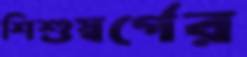
শিশুস্বর্গের